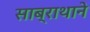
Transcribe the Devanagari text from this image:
साब्राथाने